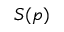
S ( p )